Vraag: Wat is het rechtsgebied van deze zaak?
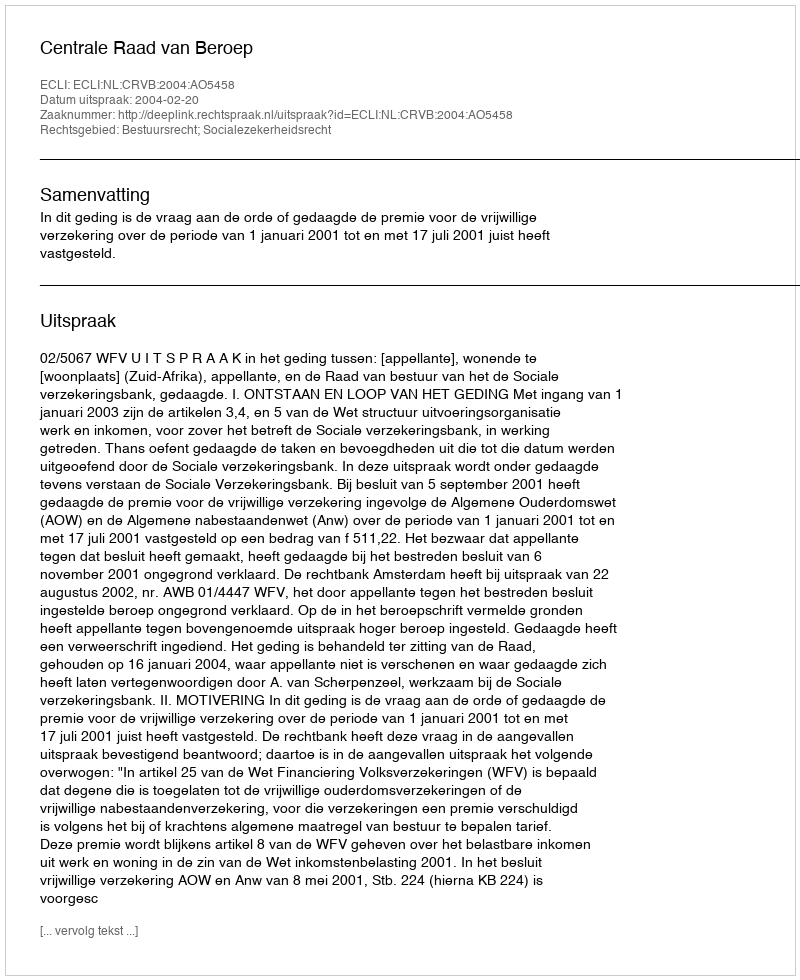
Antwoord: Bestuursrecht; Socialezekerheidsrecht